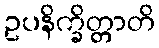
ဥပနိက္ခိတ္တာတိ